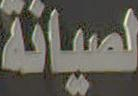
لصيانة